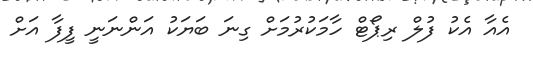
އެއާ އެކު ފުލް ރިޕޯޓް ހާމަކުރުމަށް ގިނަ ބަޔަކު އަންނަނީ ފީފާ އަށް